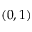
( 0 , 1 )